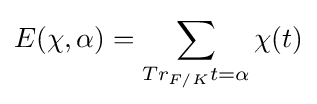
E(\chi ,\alpha )=\sum _{Tr_{F/K}t=\alpha }\chi (t)